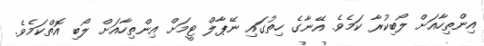
އިންތިހާއަށް ލޯބިކުރާ ކަމެވެ. އޭނާގެ ހިތުގައި ނޭޕާލް ޓީމަށް އިންތިހާއަށް ލޯބި އޮތްކަމެވެ.